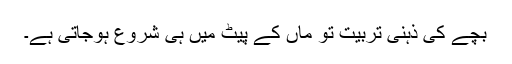
بچے کی ذہنی تربیت تو ماں کے پیٹ میں ہی شروع ہوجاتی ہے۔